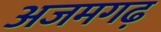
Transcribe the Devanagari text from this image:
अजमगढ़